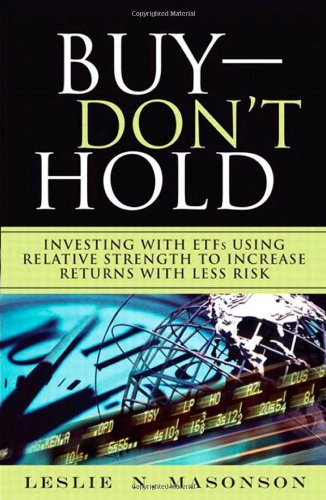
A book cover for Buy--DON'T Hold: Investing with ETFs Using Relative Strength to Increase Returns with Less Risk; Leslie N. Masonson; Business & Money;